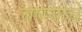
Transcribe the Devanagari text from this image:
चष्म्यांचे